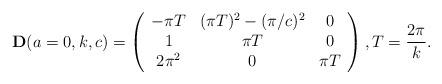
LaTeX: \begin{align*}{\bf D}(a=0,k,c)=\left(\begin{array}{ccc}-\pi T & (\pi T)^2-(\pi/c)^2 & 0\\1 & \pi T & 0\\2\pi^2 & 0 & \pi T\end{array}\right),T=\frac{2\pi}{k}.\end{align*}